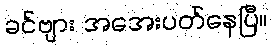
ခင်ဗျား အအေးပတ်နေပြီ။